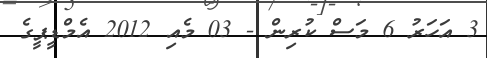
3 އަހަރު 6 މަސް ކުރިން - 03 މެއި 2012 އެމްޑީޕީގެ